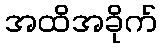
အထိအခိုက်